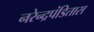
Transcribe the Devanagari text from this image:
नरेन्द्रपंडितास